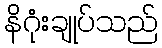
နိဂုံးချုပ်သည်